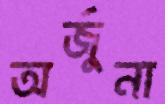
অর্জুনা